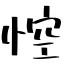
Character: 悾